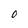
Character: 0